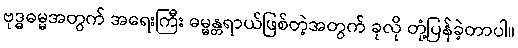
ဗုဒ္ဓဓမ္မအတွက် အရေးကြီး ဓမ္မန္တရာယ်ဖြစ်တဲ့အတွက် ခုလို တုံ့ပြန်ခဲ့တာပါ။